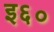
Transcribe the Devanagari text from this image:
इ६०